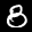
Label: 8